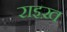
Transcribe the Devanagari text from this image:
राइख़